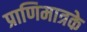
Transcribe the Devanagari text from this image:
प्राणिमात्रके